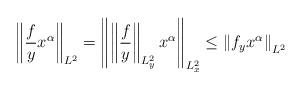
LaTeX: \begin{align*} \left\|\frac{f}{y} x^{\alpha}\right\|_{L^{2}} =\left\|\left\| \frac{f}{y}\right\|_{L_{y}^{2}} x^{\alpha}\right\|_{L_{x}^{2}}\leq\left\|f_{y} x^{\alpha}\right\|_{L^{2}}\end{align*}